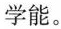
学能。